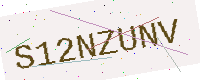
Text: S12NZUNV